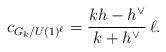
LaTeX: \begin{align*}c_{G_k/U(1)^{\ell}}=\frac{kh-h^{\vee}}{k + h^\vee}\,\ell .\end{align*}